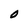
Character: O